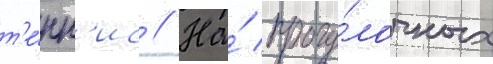
т'е́нн'ис // На́ прогу́лочных